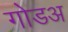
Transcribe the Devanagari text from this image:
गोडअ